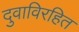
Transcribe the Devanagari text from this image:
दुवाविरहित